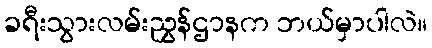
ခရီးသွားလမ်းညွှန်ဌာနက ဘယ်မှာပါလဲ။